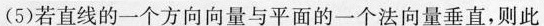
(5)若直线的一个方向向量与平面的一个法向量垂直，